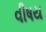
વીષય